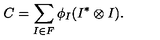
C = \sum _ { I \in F } \phi _ { I } ( I ^ { * } \otimes I ) .